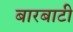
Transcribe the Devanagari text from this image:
बारबाटी